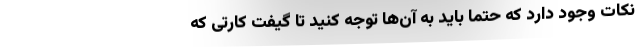
نکات وجود دارد که حتماً باید به آن‌ها توجه کنید تا گیفت کارتی که